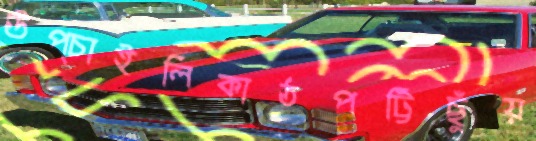
উপ্‌চাইলিকাঠপট্টিছুঁয়